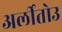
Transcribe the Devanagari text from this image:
अर्लीतोउ